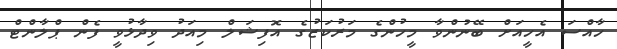
ހާއްސަ އެހީއަށް ބޭނުންވާ މީހުންގެ މަރުކަޒުގެ އޮފިޝަލް މިއަދު ވިދާޅުވީ ފެން ޕްލާންޓް